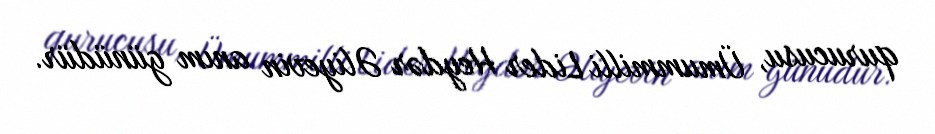
qurucusu, Ümummilli Lider Heydər Əliyevin anım günüdür.